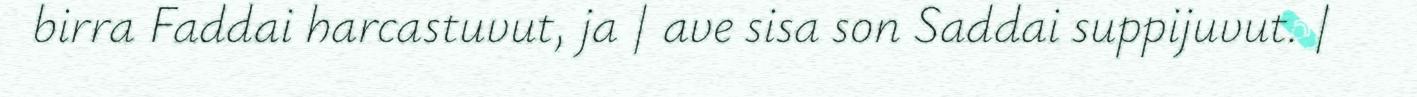
birra Faddai harcastuvut, ja | ave sisa son Saddai suppijuvut. |